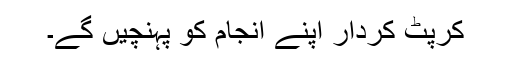
کرپٹ کردار اپنے انجام کو پہنچیں گے۔